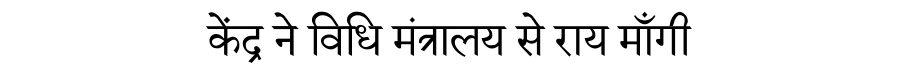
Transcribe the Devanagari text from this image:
केंद्र ने विधि मंत्रालय से राय माँगी